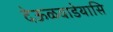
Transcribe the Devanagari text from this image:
देऊळवाडेयासि